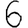
Digit: 6